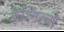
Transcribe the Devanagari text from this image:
डेलिलो